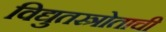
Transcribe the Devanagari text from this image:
विद्युतस्त्रोताची